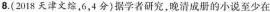
8.(2018天津文综，6，4分)据学者研究，晚清成册的小说至少在